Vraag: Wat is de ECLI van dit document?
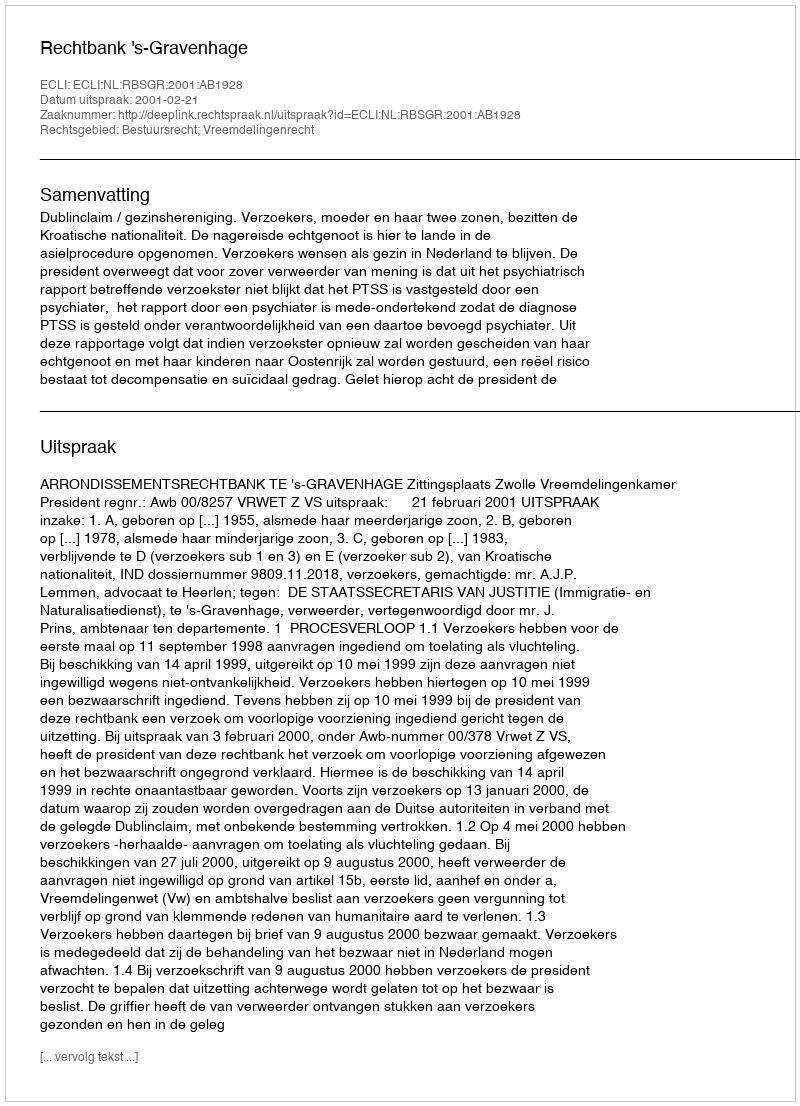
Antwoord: ECLI:NL:RBSGR:2001:AB1928